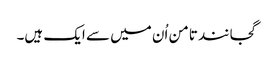
گجانند تامن اُن میں سے ایک ہیں۔